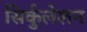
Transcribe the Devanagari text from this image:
सिर्कुलेशन